Annual returns of the Patna Lunatic Asylum at Bankipore in Bihar and Orissa - 1912-1924
Year: 1912
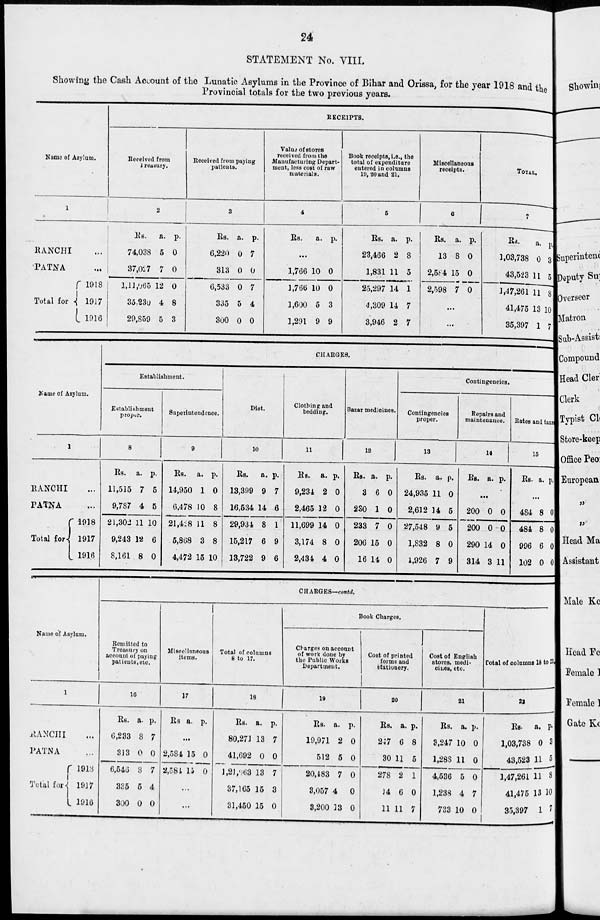
24
STATEMENT No. VIII.
Showing the Cash Account of the Lunatic Asylums in the Province of Bihar and Orissa, for the year 1918 and the
Provincial totals for the two previous years.
Name of Asylum.
1
RANCHI ...
PATNA ..
Total for
1918
1917
1916
RECEIPTS.
Received from
treusury.
2
Rs.
74,038
37,027
1,11,065
35,230
29,859
a.
5
7
12
4
5
p.
0
0
0
8
3
Received from paying
patients.
3
Rs.
6,220
313
6,533
335
300
a.
0
0
0
5
0
p.
7
0
7
4
0
Value of stores
received from the
Manufacturing Depart-
ment, less cost of raw
materials.
4
Rs.
a. p.
...
1,766
1,766
1,600
1,291
10
10
5
9
0
0
3
9
Book receipts, i.e., the
total of expenditure
entered in columns
10, 20 and 21.
5
Rs.
23,466
1,831
25,297
4,309
3,946
a.
2
11
14
14
2
p.
8
5
1
7
7
Miscellaneous
receipts.
6
Rs.
13
2,584
2,598
a.
8
15
7
p.
0
0
0
...
...
TOTAL.
7
Rs.
1,03,738
43,523
1,47,261
41,475
35,397
a.
0
11
11
13
1
p.
3
5
8
10
7
Name of Asylum.
1
RANCHI ...
PATNA ...
Total for
1918
1917
1916
CHARGES.
Establishment.
Establishment
proper.
8
Rs.
11,515
9,787
21,302
9,243
8,161
a.
7
4
11
12
8
p.
5
5
10
6
0
Superintendence.
9
Rs.
14,950
6,478
21,428
5,868
4,472
a.
1
10
11
3
15
p.
0
8
8
8
10
Diet.
10
Rs.
13,399
16,534
29,934
15,217
13,722
a.
9
14
8
6
9
p.
7
6
1
9
6
Clothing and
bedding.
11
Rs.
9,234
2,465
11,699
3,174
2,434
a.
2
12
14
8
4
p.
0
0
0
0
0
Bazar medicines.
12
Rs.
3
280
233
206
16
a.
6
1
7
15
11
p.
0
0
0
0
0
Contingencies.
Contingencies
proper.
13
Rs.
24,935
2,612
27,548
1,832
1,926
a.
11
14
9
8
7
p.
0
5
5
0
9
Repairs and
maintenance.
14
Rs. a. p.
...
200
200
290
314
0
0
14
3
0
0
0
11
Rates and taxes.
15
Rs. a. p.
...
484
484
996
102
8
8
6
0
0
0
0
0
Name of Asylum.
1
RANCHI ...
PATNA ...
Total for
1918
1917
1916
CHARGES— contd.
Remitted to
Treasury on
account of paying
patients,etc.
16
Rs.
6,233
313
6,546
335
300
a.
8
0
8
5
0
p.
7
0
7
4
0
Miscellaneous
items.
17
Rs. a. p.
...
2,584
2,584
15
15
0
0
...
...
Total of columns
8 to 17.
18
Rs.
80,271
41,692
1,21,963
37,165
31,450
a.
13
0
13
15
15
p.
7
0
7
3
0
Book Charges.
Charges on account
of work done by
the Public Works
Department.
19
Rs.
19,971
512
20,483
3,057
3,200
a.
2
5
7
4
13
p.
0
0
0
0
0
Cost of printed
forms and
stationery.
20
Rs.
247
30
278
14
11
a.
6
11
2
6
11
p.
8
5
1
0
7
Cost of English
stores, medi-
-ines, etc.
21
Rs.
3,247
1,288
4,536
1,238
733
a.
10
11
5
4
10
p.
0
0
0
7
0
Total of columns 18 to 21.
22
Rs.
1,03,738
43,523
1,47,261
41,475
35,397
a.
0
11
11
13
1
p.
3
5
8
10
7